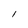
Character: l